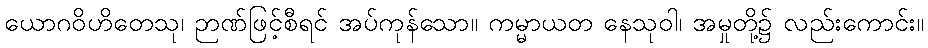
ယောဂဝိဟိတေသု၊ ဉာဏ်ဖြင့်စီရင် အပ်ကုန်သော။ ကမ္မာယတ နေသုဝါ၊ အမှုတို့၌ လည်းကောင်း။